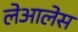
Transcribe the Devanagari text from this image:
लेआलेस